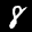
Label: 8